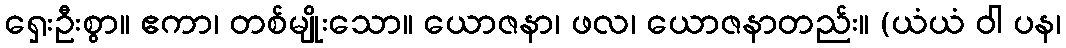
ရှေးဦးစွာ။ ဧကာ၊ တစ်မျိုးသော။ ယောဇနာ၊ ဖလ၊ ယောဇနာတည်း။ (ယံယံ ဝါ ပန၊